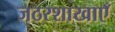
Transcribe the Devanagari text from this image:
जठरशाखाएँ